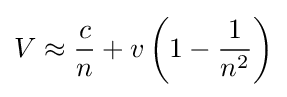
V\approx {\frac {c}{n}}+v\left(1-{\frac {1}{n^{2}}}\right)